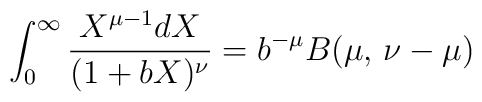
\int_0^\infty{{X^{\mu-1}dX}\over{(1+bX)^\nu}}=b^{-\mu}B(\mu,\,\nu-\mu)